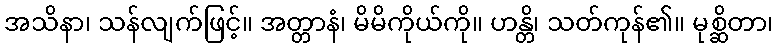
အသိနာ၊ သန်လျက်ဖြင့်။ အတ္တာနံ၊ မိမိကိုယ်ကို။ ဟန္တိ၊ သတ်ကုန်၏။ မုစ္ဆိတာ၊